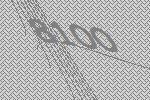
8100